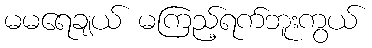
မမရေချယ် မကြည့်ရက်ဘူးကွယ်